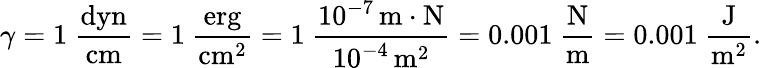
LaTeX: \gamma=1~\mathrm{\frac{dyn}{cm}}=1~\mathrm{\frac{erg}{cm^{2}}}=1~\mathrm{\frac{10^{-7}\, m\cdot N}{10^{-4}\, m^{2}}}=0.001~\mathrm{\frac{N}{m}}=0.001~\mathrm{\frac{J}{m^{2}}}.